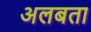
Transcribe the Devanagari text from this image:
अलबता